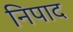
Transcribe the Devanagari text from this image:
निपाद